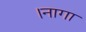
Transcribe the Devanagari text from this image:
।नागा